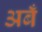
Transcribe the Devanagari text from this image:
अबँ